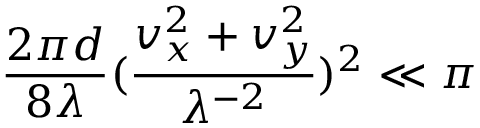
\frac { 2 \pi d } { 8 \lambda } ( \frac { v _ { x } ^ { 2 } + v _ { y } ^ { 2 } } { \lambda ^ { - 2 } } ) ^ { 2 } \ll \pi